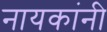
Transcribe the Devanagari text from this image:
नायकांनी